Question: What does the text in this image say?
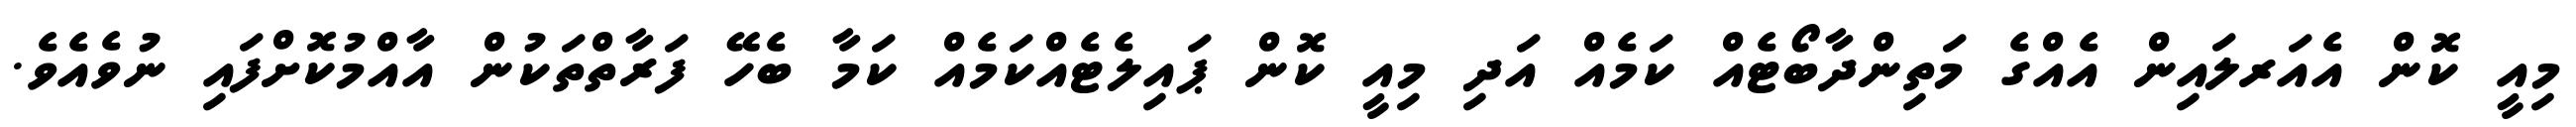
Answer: މިއީ ކޮން އެއަރލައިން އެއްގެ މަތިންދާބޯޓެއް ކަމެއް އަދި މިއީ ކޮން ޕައިލެޓެއްކަމެއް ކަމާ ބެހޭ ފަރާތްތަކުން އާއްމުކޮށްފައި ނުވެއެވެ.